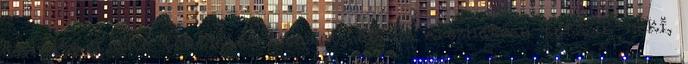
találtam már tökéletes tanárt, őt. Ez érezhetően tetszik neki,